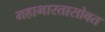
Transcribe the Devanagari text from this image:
महाभारतासोबत